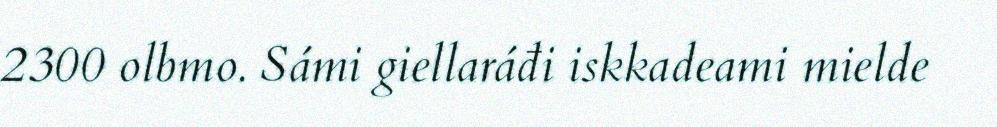
2300 olbmo. Sámi giellaráđi iskkadeami mielde